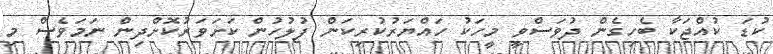
ކުޑަ ކުއްޖަކާ ބެހިގެން ދުވަސްވީ މީހަކު ހައްޔަރުކުރިކަން ފުލުހުން ކަށަވަރުކޮށްދިން ނަމަވެސް މި